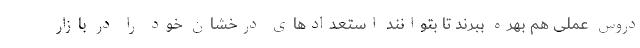
دروس عملی هم بهره ببرند تا بتوانند استعداد‌های درخشان خود را در بازار